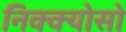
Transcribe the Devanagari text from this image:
निक्क्योसो